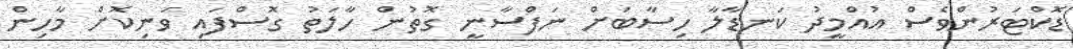
ޑޮކްޓަރުންވެސް އުއްމީދު ކަނޑާލާ ހިސާބަށް ނަފްސާނީ ގޮތުން ހާލަތު ގޮސްފައި ވަނިކޮށް މާހިން